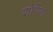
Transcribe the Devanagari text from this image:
शोपेंला